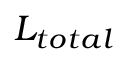
L _ { t o t a l }